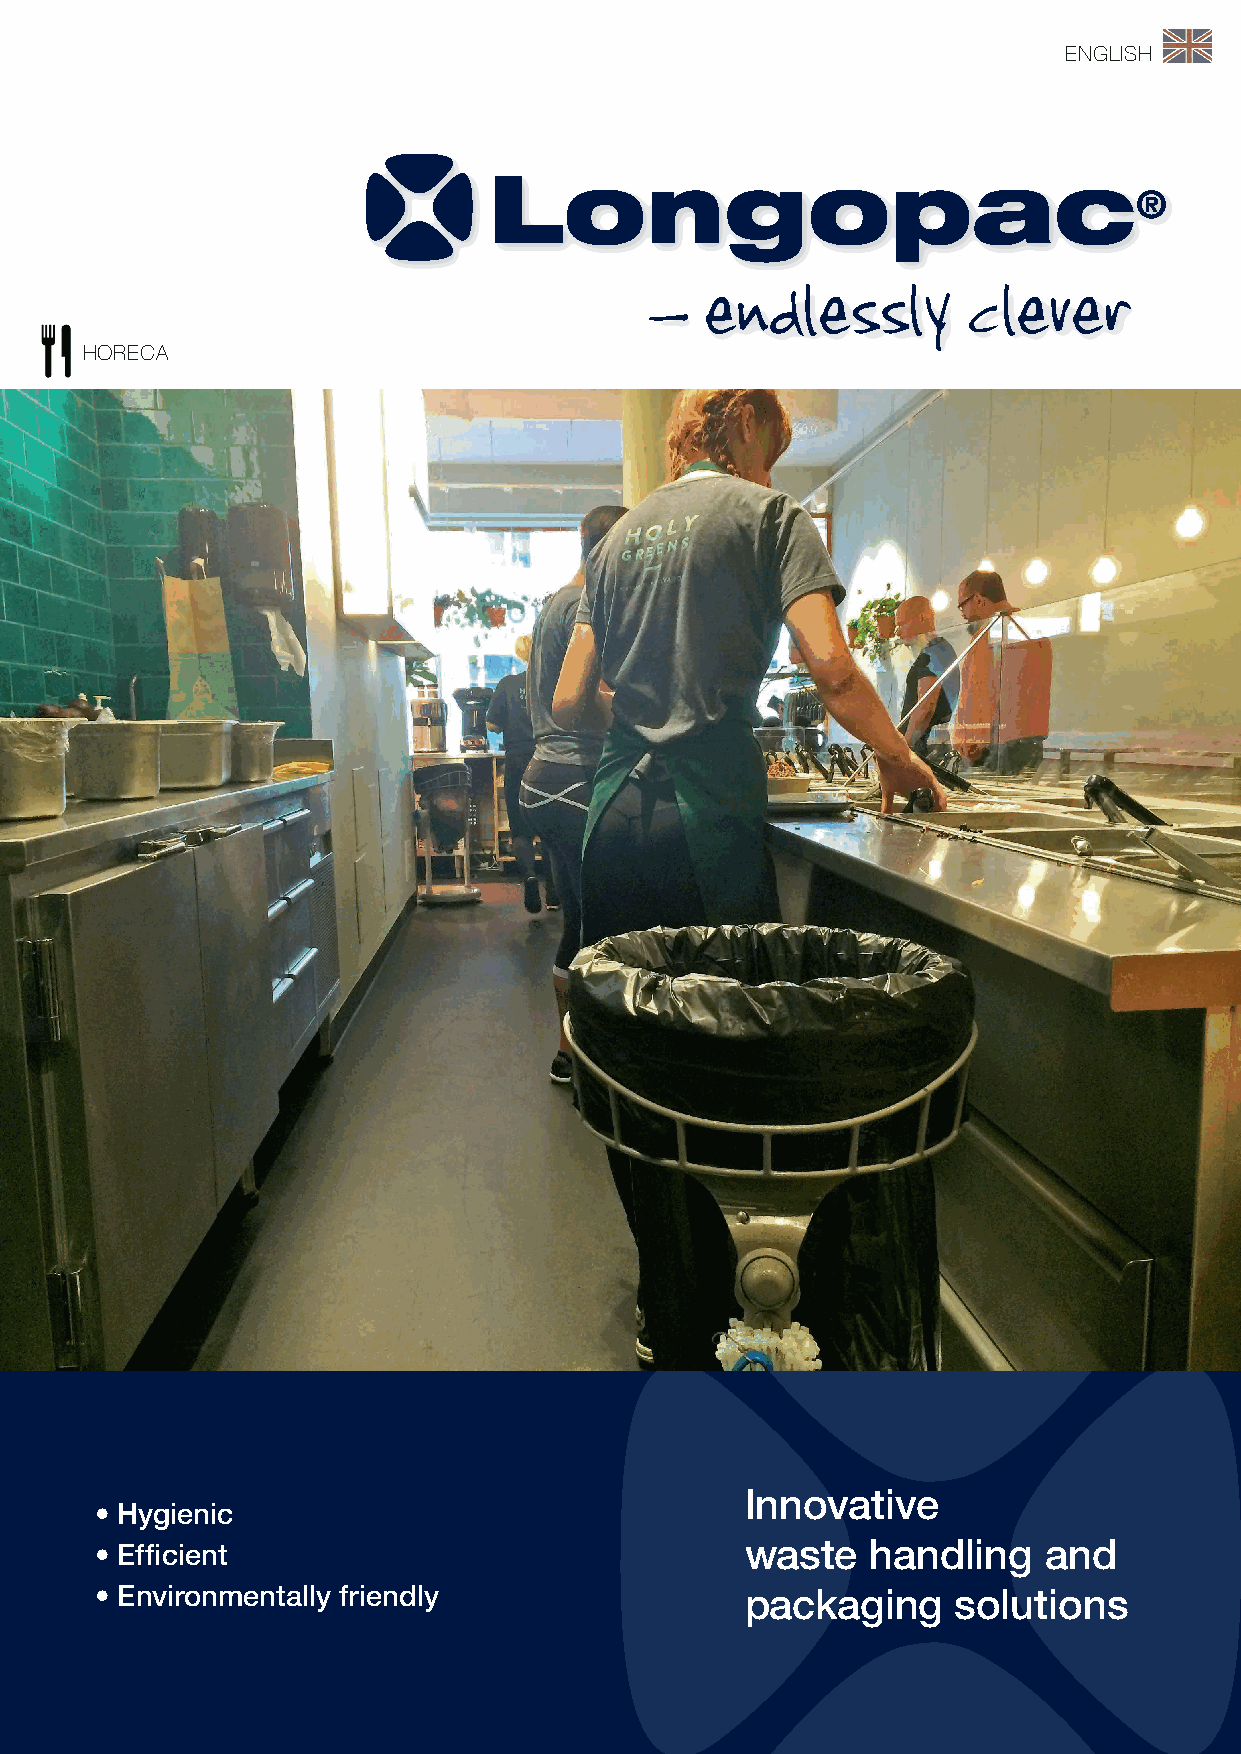
ENGLISH
 HORECA
 innovative
 • Hygienic
 • effi cient                               waste    handling   and
 • environmentally friendly                 packaging     solutions